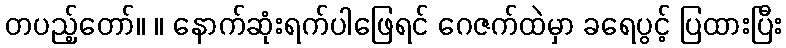
တပည့်တော်။ ။ နောက်ဆုံးရက်ပါဖြေရင် ဂေဇက်ထဲမှာ ခရေပွင့် ပြထားပြီး